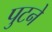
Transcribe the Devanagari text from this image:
पुटने